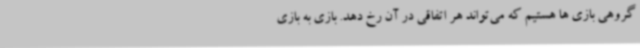
گروهی بازی ها هستیم که می‌تواند هر اتفاقی در آن رخ دهد. بازی به بازی